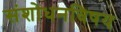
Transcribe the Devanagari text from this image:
संशोधनविषय